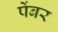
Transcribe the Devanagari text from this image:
पेंबर